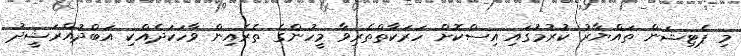
މި ޕެޓިޝަން ތައްޔާރު ކުރުމުގައި އިސްކޮށް ހަރަކާތްތެރިވާ މީހުންގެ ތެރެއިން ވާހަކަދެއްކި އަބްދުއްރަޝީދު